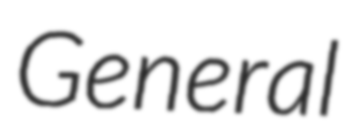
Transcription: General